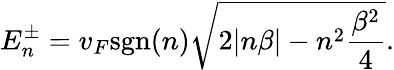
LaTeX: E_{n}^{\pm}=v_{F}\mathrm{sgn}(n)\sqrt{2|n\beta|-n^{2}\frac{\beta^{2}}{4}}.